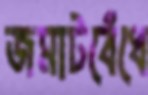
জমাটবেঁধে